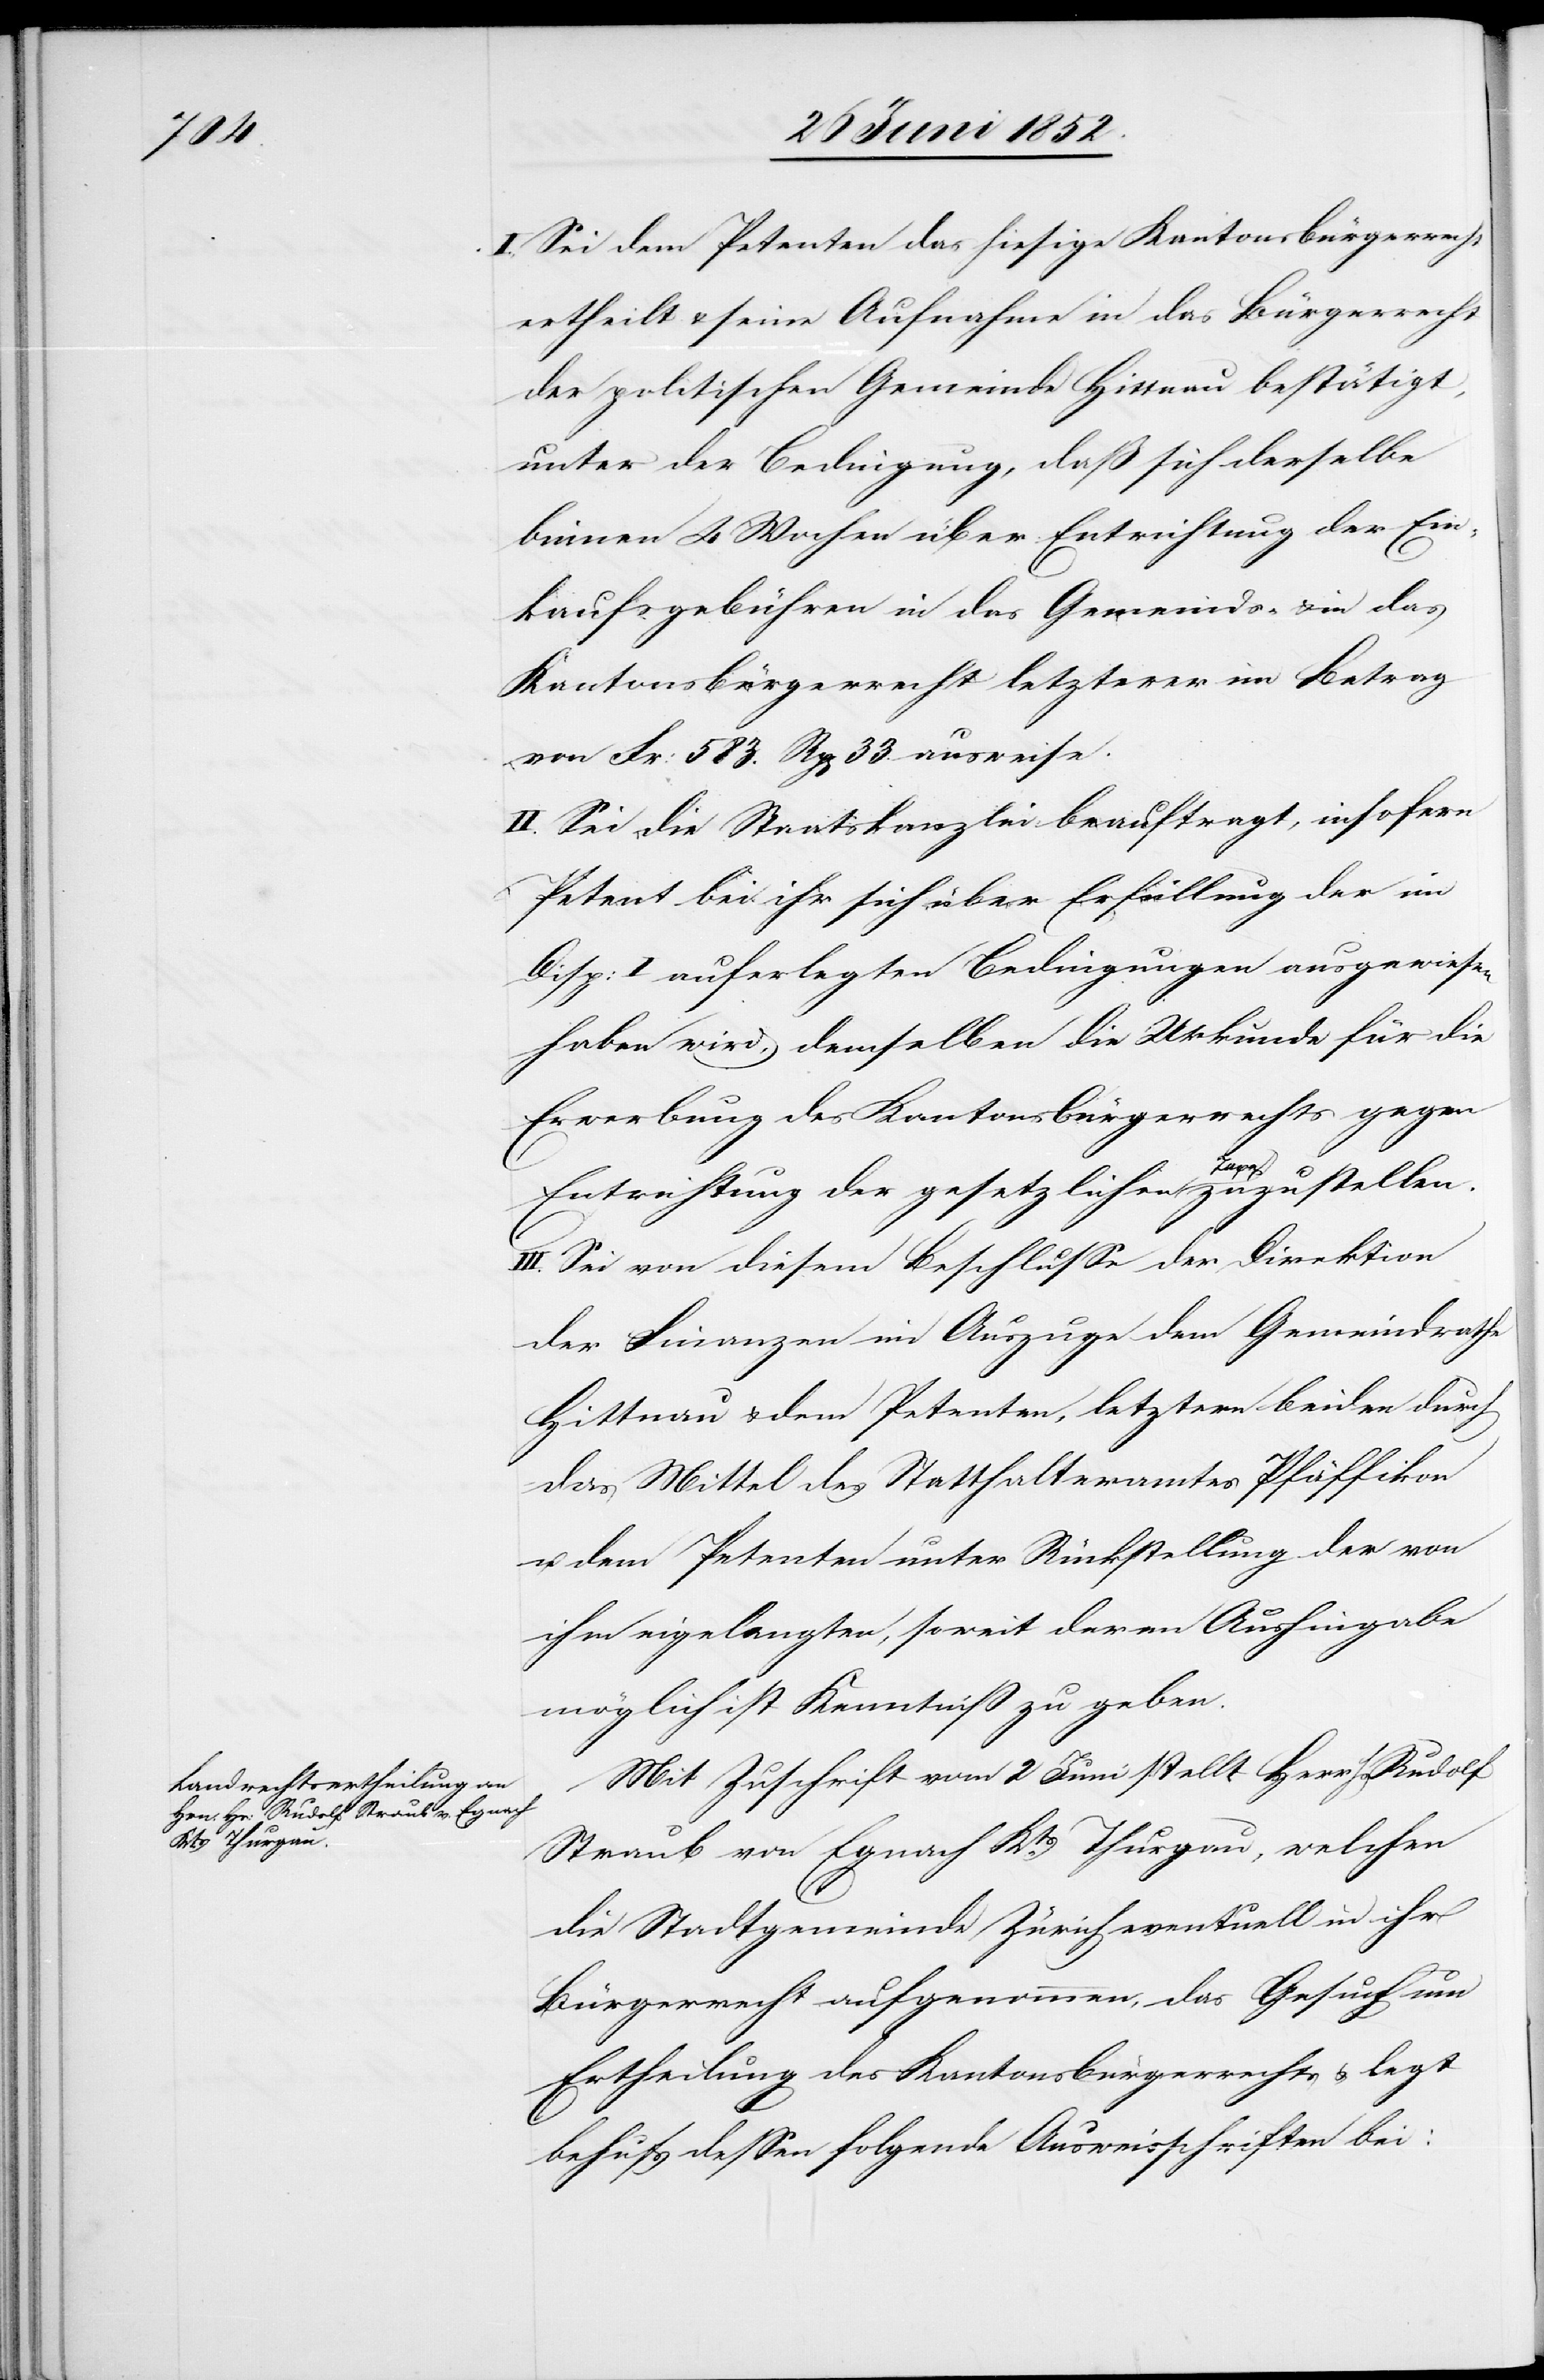
I., Sei dem Petenten das hiesige Kantonsbürgerrecht
ertheilt & seine Aufnahme in das Bürgerrecht
der politischen Gemeinde Hittnau bestätigt,
unter der Bedingung, daß sich derselbe
binnen 4 Wochen über Entrichtung der Ein¬
kaufsgebühren in das Gemeinds- & in das
Kantonsbürgerrecht letzterer im Betrag
von Fr: 583. Rp[en] 33. ausweise.
II. Sei die Staatskanzlei beauftragt, insofern
Petent bei ihr sich über Erfüllung der im
Disp: I auferlegten Bedingungen ausgewiesen
haben wird, demselben die Urkunde für die
Erwerbung des Kantonsbürgerrechts gegen
deren
Entrichtung der gesetzlichen Taxe zuzustellen.
III. Sei von diesem Beschlusse der Direktion
der Finanzen im Auszuge dem Gemeindrathe
Hittnau & dem Petenten, letztern beiden durch
das Mittel des Statthalteramtes Pfäffikon
u. dem Petenten unter Rückstellung der von
möglich ist Kenntniß zu geben.
Mit Zuschrift vom 2 Juni stellt Herr Hs Rudolf
Straub von Egnach Kts Thurgau, welchen
die Stadtgemeinde Zürich eventuell in ihr
Bürgerrecht aufgenommen, das Gesuch um
Ertheilung des Kantonsbürgerrechts & legt
behufs dessen folgende Ausweisschriften bei: